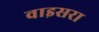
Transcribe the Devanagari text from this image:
वाइसरा